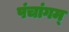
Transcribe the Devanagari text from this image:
पंचांगम्